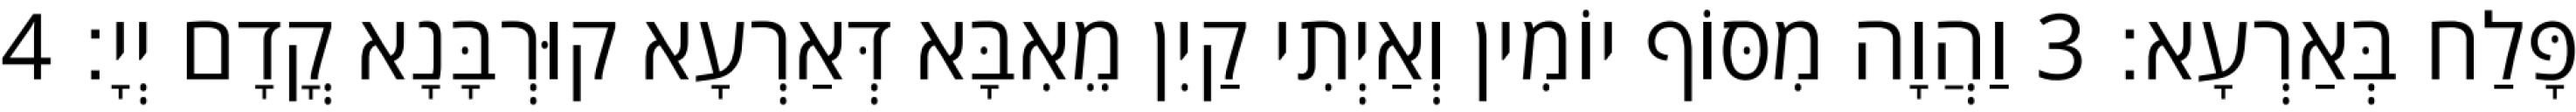
פָּלַח בְּאַרְעָא׃ 3 וַהֲוָה מִסּוֹף יוֹמִין וְאַיְתִי קַיִן מֵאִבָּא דְּאַרְעָא קוּרְבָּנָא קֳדָם יְיָ׃ 4